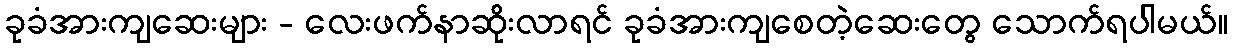
ခုခံအားကျဆေးများ - လေးဖက်နာဆိုးလာရင် ခုခံအားကျစေတဲ့ဆေးတွေ သောက်ရပါမယ်။